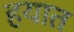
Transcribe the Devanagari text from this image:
हयात